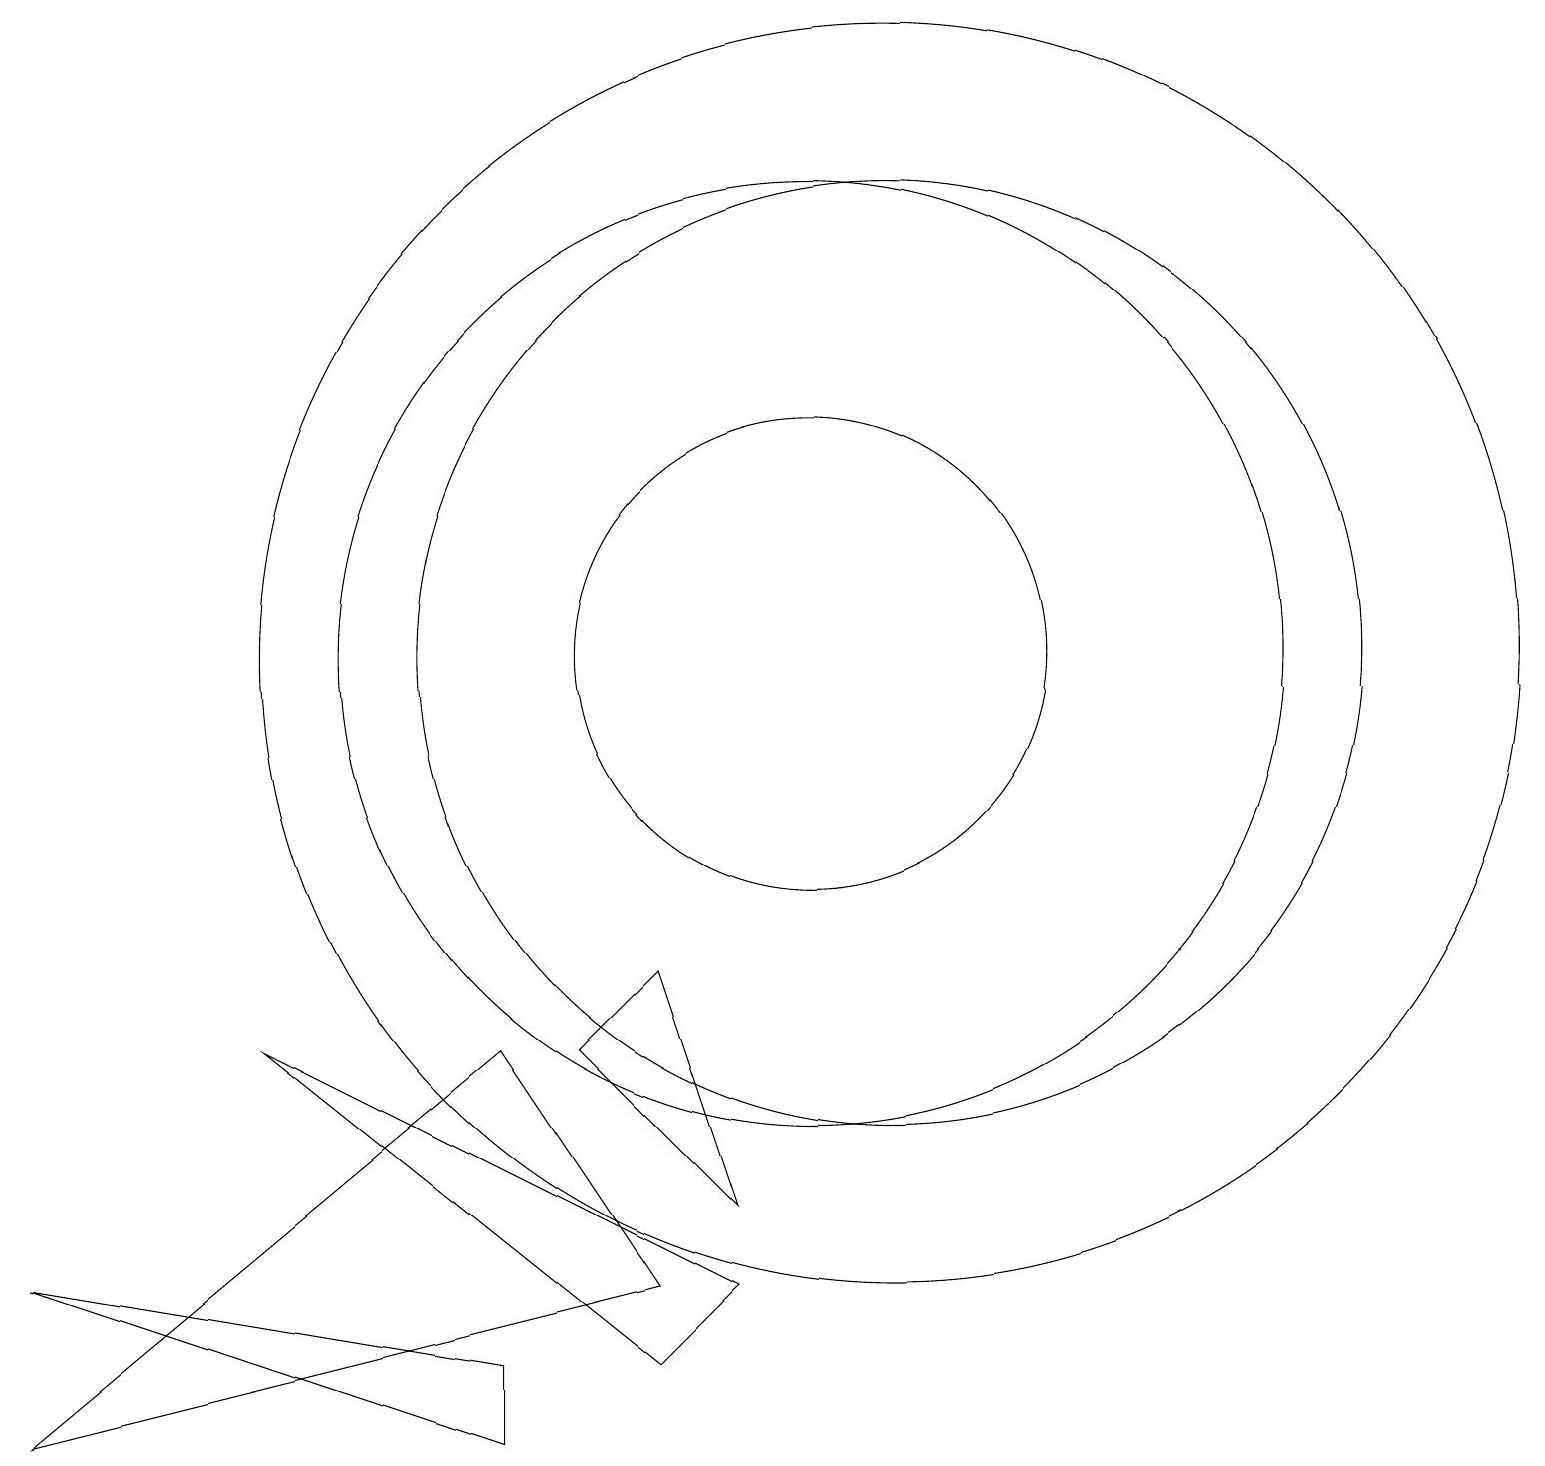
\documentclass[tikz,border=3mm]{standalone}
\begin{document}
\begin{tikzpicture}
\draw (0,2) -- (6,1) -- (6,0) -- cycle;
\draw (8,1) -- (9,2) -- (3,5) -- cycle;
\draw (10,10) circle (3);
\draw (8,2) -- (6,5) -- (0,0) -- cycle;
\draw (11,10) circle (6);
\draw (10,10) circle (6);
\draw (11,10) circle (8);
\draw (8,6) -- (7,5) -- (9,3) -- cycle;
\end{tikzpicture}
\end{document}